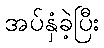
အပ်နှံခဲ့ပြီး